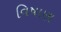
વિષાણ